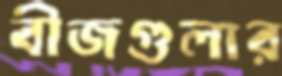
বীজগুলার